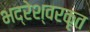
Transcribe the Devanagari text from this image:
भद्रेश्वरकृत